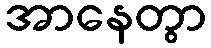
အာနေတွာ